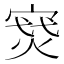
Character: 𪧝